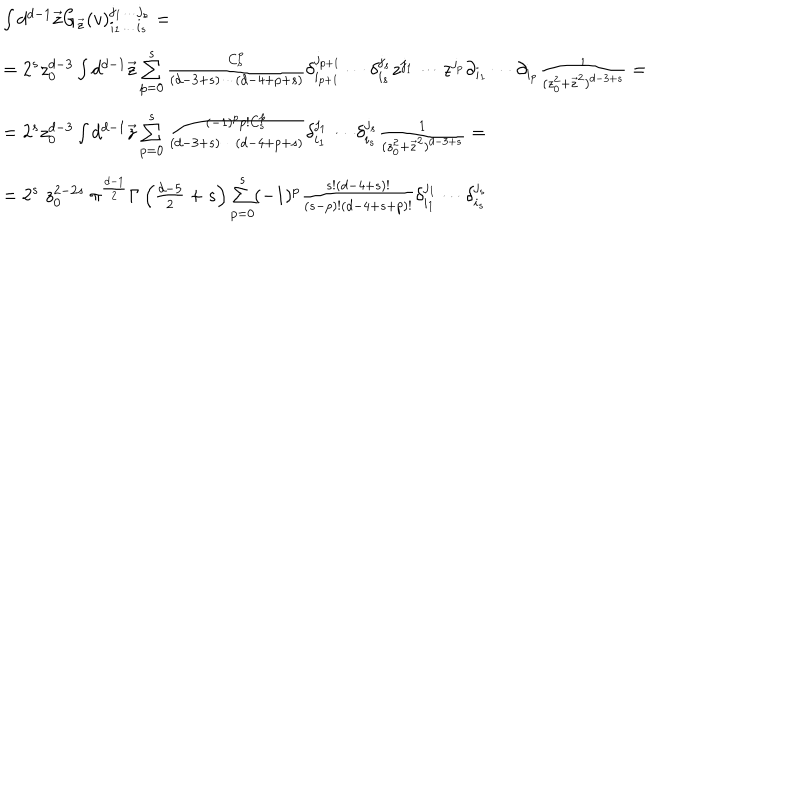
\begin{array} { l } { { \int d ^ { d - 1 } \vec { z } G _ { \vec { z } } ( v ) _ { i _ { 1 } \ldots i _ { s } } ^ { j _ { 1 } \ldots j _ { s } } = } } \\ { { = 2 ^ { s } z _ { 0 } ^ { d - 3 } \int d ^ { d - 1 } \vec { z } \sum _ { p = 0 } ^ { s } { \frac { C _ { s } ^ { p } } { ( d - 3 + s ) \cdots ( d - 4 + p + s ) } } \delta _ { i _ { p + 1 } } ^ { j _ { p + 1 } } \cdots \delta _ { i _ { s } } ^ { j _ { s } } z ^ { j _ { 1 } } \cdots z ^ { j _ { p } } \partial _ { i _ { 1 } } \cdots \partial _ { i _ { p } } { \frac { 1 } { ( z _ { 0 } ^ { 2 } + \vec { z } ^ { 2 } ) ^ { d - 3 + s } } } = } } \\ { { = 2 ^ { s } z _ { 0 } ^ { d - 3 } \int d ^ { d - 1 } \vec { z } \sum _ { p = 0 } ^ { s } { \frac { ( - 1 ) ^ { p } p ! C _ { s } ^ { p } } { ( d - 3 + s ) \cdots ( d - 4 + p + s ) } } \delta _ { i _ { 1 } } ^ { j _ { 1 } } \cdots \delta _ { i _ { s } } ^ { j _ { s } } { \frac { 1 } { ( z _ { 0 } ^ { 2 } + \vec { z } ^ { 2 } ) ^ { d - 3 + s } } } = } } \\ { { = 2 ^ { s } \; z _ { 0 } ^ { 2 - 2 s } \; \pi ^ { \frac { d - 1 } { 2 } } \Gamma \left( { \frac { d - 5 } { 2 } } + s \right) \sum _ { p = 0 } ^ { s } ( - 1 ) ^ { p } { \frac { s ! ( d - 4 + s ) ! } { ( s - p ) ! ( d - 4 + s + p ) ! } } \delta _ { i _ { 1 } } ^ { j _ { 1 } } \cdots \delta _ { i _ { s } } ^ { j _ { s } } } } \\ \end{array}